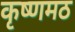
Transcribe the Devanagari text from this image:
कृष्णमठ